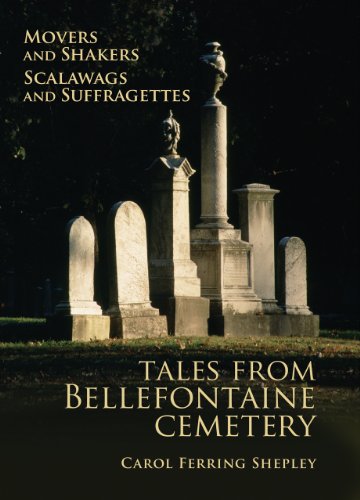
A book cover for Movers and Shakers, Scalawags and Suffragettes: Tales from Bellefontaine Cemetery; Carol Ferring Shepley; Travel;